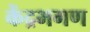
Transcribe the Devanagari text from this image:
केंद्रभगण